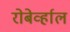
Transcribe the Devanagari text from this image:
रोबेर्व्हाल